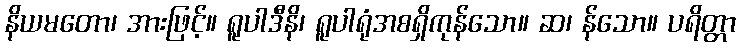
နိယမတော၊ အားဖြင့်။ ရူပါဒီနိ၊ ရူပါရုံအစရှိကုန်သော။ ဆ၊ န်သော။ ပရိတ္တာ